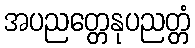
အပညတ္တေနုပညတ္တံ